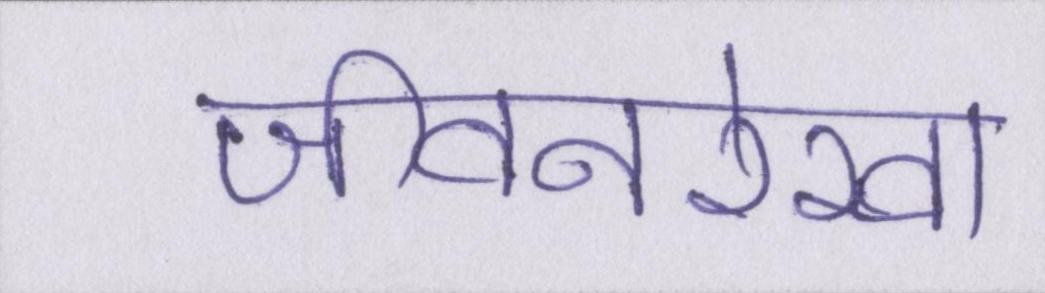
जीवनरेखा